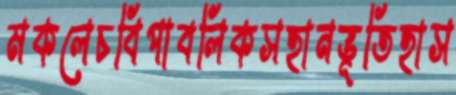
মকলেচবিপাবলিকসহানভূতিহাস